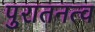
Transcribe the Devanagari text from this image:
पुरातनत्व